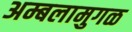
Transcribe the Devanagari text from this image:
अम्बलामुगळ